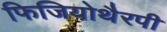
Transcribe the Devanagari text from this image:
फिजियोथैरपी